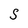
Character: S